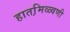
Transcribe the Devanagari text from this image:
हातमि़ळ्वणी